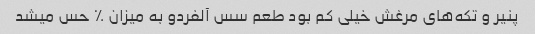
پنیر و تکه‌های مرغش خیلی کم بود طعم سس آلفردو به میزان ٪ حس میشد